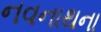
નવનાથના